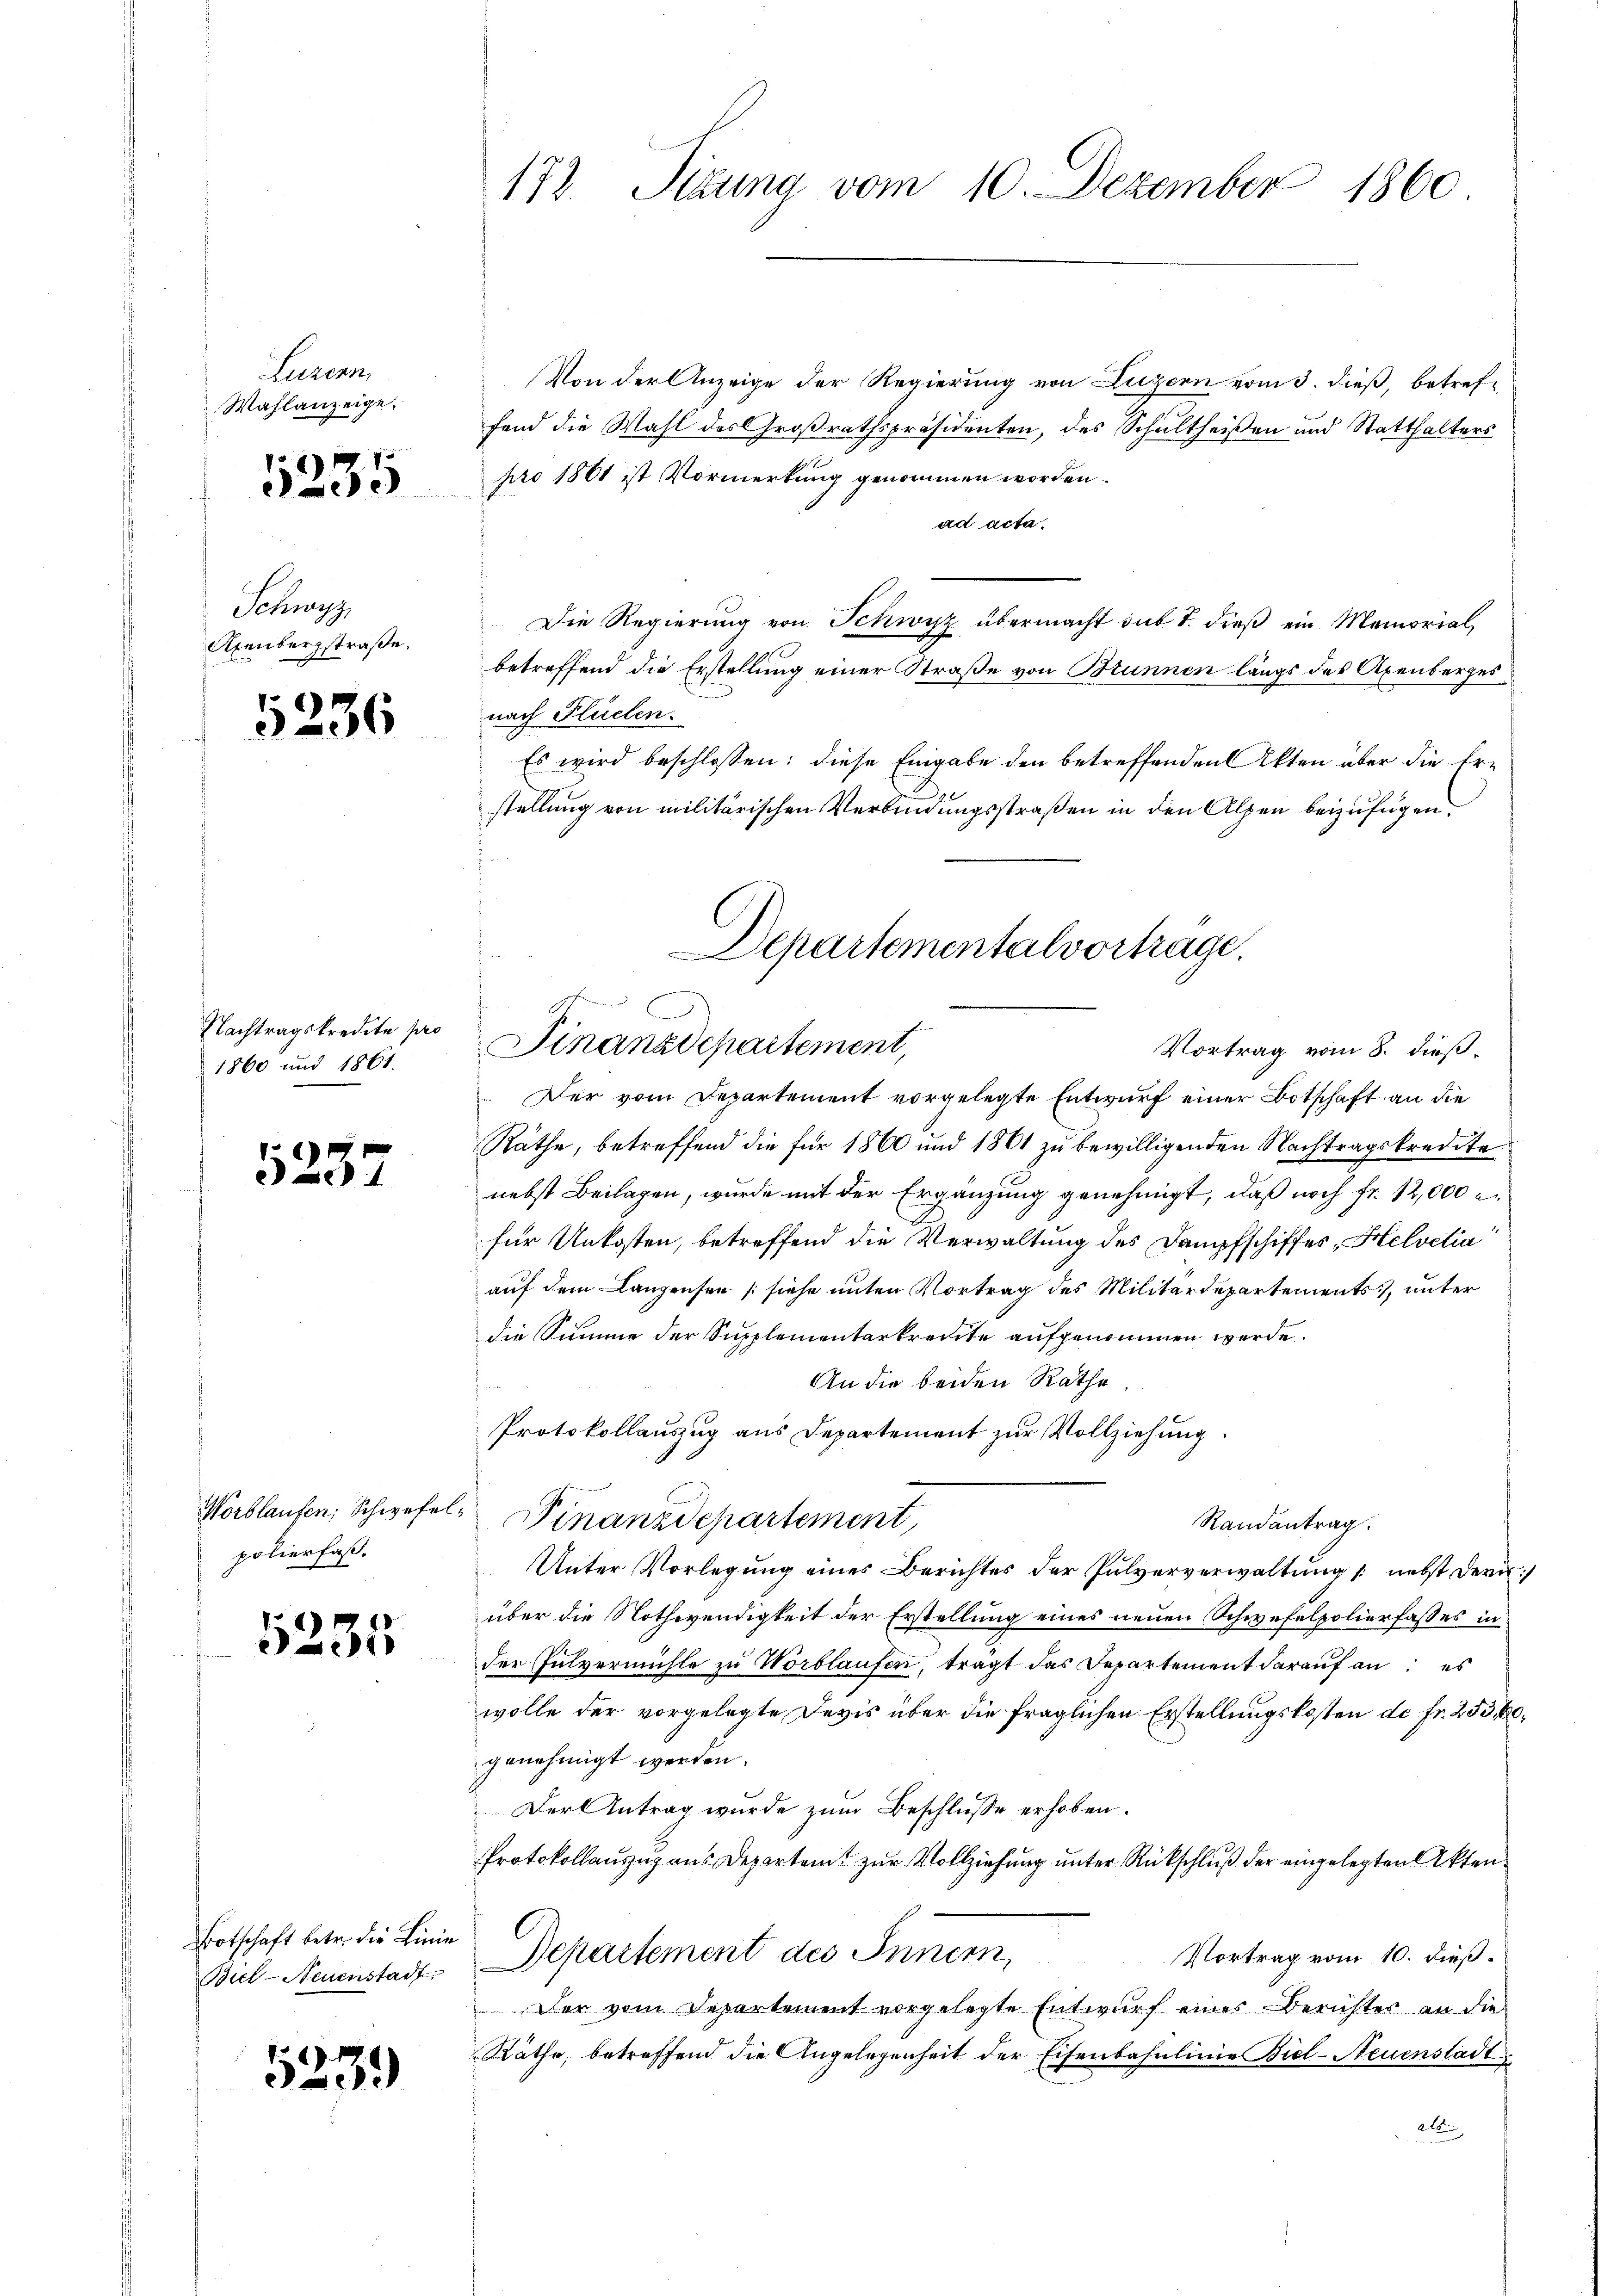
Luzern,
Wahlanzeige.

5235

Schwyz
Axenbergstraße,

5236

5237

1125

Nachtragskredite pro
1860 und 1861.

polierfaß¬

1

Botschaft betr. die Linie
Biel-Neuenstadt

523.)

172. Sizung vom 10. Dezember 1860

Von der Anzeige der Regierung von Luzern vom 3. dieß, betreffond die Wahl des Großrathspräsidenten, des Schultheißen und Statthalters
pro 1861 ist Vormerkung genommen worden.
ad acta.
Die Regierŭng von Schwyz übermacht du T. dieβ ein Memorial
betreffend die Erstellung einer Straße von Brunnen längs des Axenberges
nach Flüchen.
Es wird beschlossen: diese Eingabe den betreffenden Akten über die Erstellung von militärischen Verbindungsstraßen in den Alpen beizufügen.
f
Räthe, betreffend die für 1860 und 1861 zu bewilligenden Nachtragskredite
nebst Beilagen, wurde mit der Ergänzung genehmigt, daß noch fr. 12,000 er
für Unkosten, betreffend die Verwaltung des Dampfschiffes „Helvetia
auf dem Langensee (siehe unten Vortrag des Militärdepartements, unter
die Summe der Supplementarkredite aufgenommen werde.
An die beiden Rathe
Protokollauszug aus Departement zur Vollziehung
Worblaufen; Schwefel. Finanzdepartement,
Randantrag.
Unter Vorlegŭng eines Berichtes der Pulververwaltŭng /: nebst dern
über die Nothwendigkeit der Erstellung eines neuen Schwefelpolierfasses in
der Fulvermühle zu Worblaufen, tragt das Departement darauf andes
wolle der vorgelegte Devis über die fraglichen Erstellungskosten de fr. 253, 60.
genehmigt werden.
Der Antrag wurde zum Beschlüsse erhoben.
Protokollauszug aus Departamt zur Vollziehung unter Rückschluß der eingelegten Akten
Departement des Innim
Vortrag vom 10. dieß.
Der vom Departement vorgelegte Entwurf einer Berichter an die
Räthe, betreffend die Angelegenheit der Eisenbahnlinie Biel-Neuenstadt
21

Departementalvortrage
Finanzdepartement,
Der vom Departement vorgelegte Entwurf einer Botschaft an die

Vortrag vom 8. dieß¬